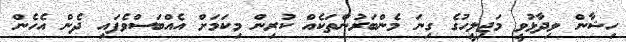
ހިޝާން ވިދާޅުވީ މަޖިލީހުގެ ގިނަ މެންބަރުންތަކެއް ކުރިން މިކަމަށް އެއްބަސްވެފައި ދެން އެހެން